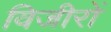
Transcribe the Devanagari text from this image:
विजीरों